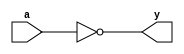
module _NOT(a,y);
	input [63:0] a;
	output [63:0] y;
	assign y = ~a;
endmodule

module _AND(a,b,y);
	input [63:0] a, b;
	output [63:0] y;
	assign y = a & b;
endmodule

module _OR(a,b,y);
	input [63:0] a, b;
	output [63:0] y;
	assign y = a | b;
endmodule

module _XOR(a,b,y);
	input [63:0] a, b;
	output [63:0] y;
	assign y = a ^ b;
endmodule

module _XNOR(a,b,y);
	input [63:0] a, b;
	output [63:0] y;
	assign y = a ^~ b;
endmodule